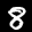
Label: 8